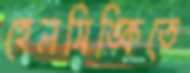
হেলসিঙ্কিতে